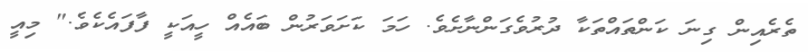
ތެރެއިން ގިނަ ކަންތައްތަކާ ދުރުވެގަންނާށެވެ. ހަމަ ކަށަވަރުން ބައެއް ހީއަކީ ފާފައެކެވެ." މިއީ